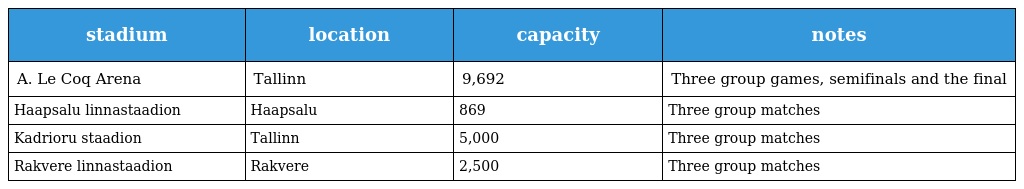
| stadium | location | capacity | notes |
 | --- | --- | --- | --- |
 | A. Le Coq Arena | Tallinn | 9,692 | Three group games, semifinals and the final |
 | Haapsalu linnastaadion | Haapsalu | 869 | Three group matches |
 | Kadrioru staadion | Tallinn | 5,000 | Three group matches |
 | Rakvere linnastaadion | Rakvere | 2,500 | Three group matches |